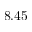
8 . 4 5